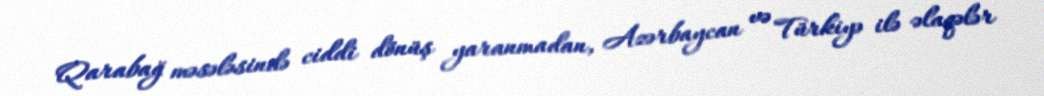
Qarabağ məsələsində ciddi dönüş yaranmadan, Azərbaycan və Türkiyə ilə əlaqələr